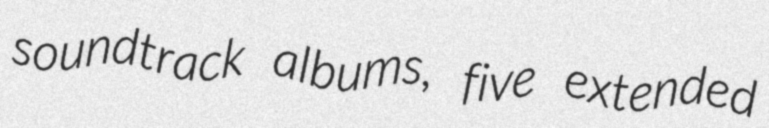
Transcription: soundtrack albums, five extended